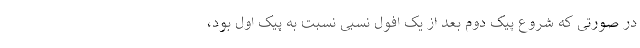
در صورتی که شروع پیک دوم بعد از یک افول نسبی نسبت به پیک اول بود،